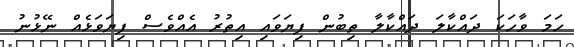
ހަމަ ވާހަކަ ދައްކާލަ ދައްކާލާ ތިބުން ފިޔަވައި އިތުރު އެއްވެސް ފިޔަވަޅެއް ނޭޅުނު